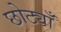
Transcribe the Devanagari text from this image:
छोट्याँ